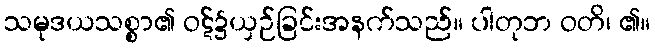
သမုဒယသစ္စာ၏ ဝဋ်၌ယှဉ်ခြင်းအနက်သည်။ ပါတုဘ ဝတိ၊ ၏။